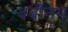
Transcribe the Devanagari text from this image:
बबीनम